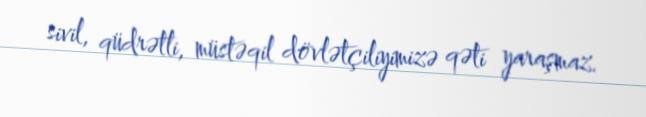
sivil, qüdrətli, müstəqil dövlətçiliyimizə qəti yaraşmaz.